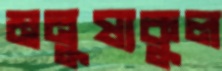
মনুষ্যকুল